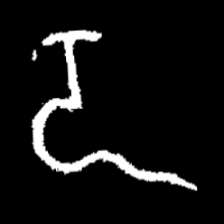
Pyu character \u2014 Myanmar letter: ဍ (romanized: dda)